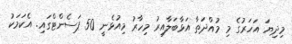
މިދިޔަ އަހަރުގެ މި މުއްދަތާ އަޅާބަލާއިރު މިހާރު މިއުޅެނީ 50 ޕަސެންޓްގައި. އެކަމަކު